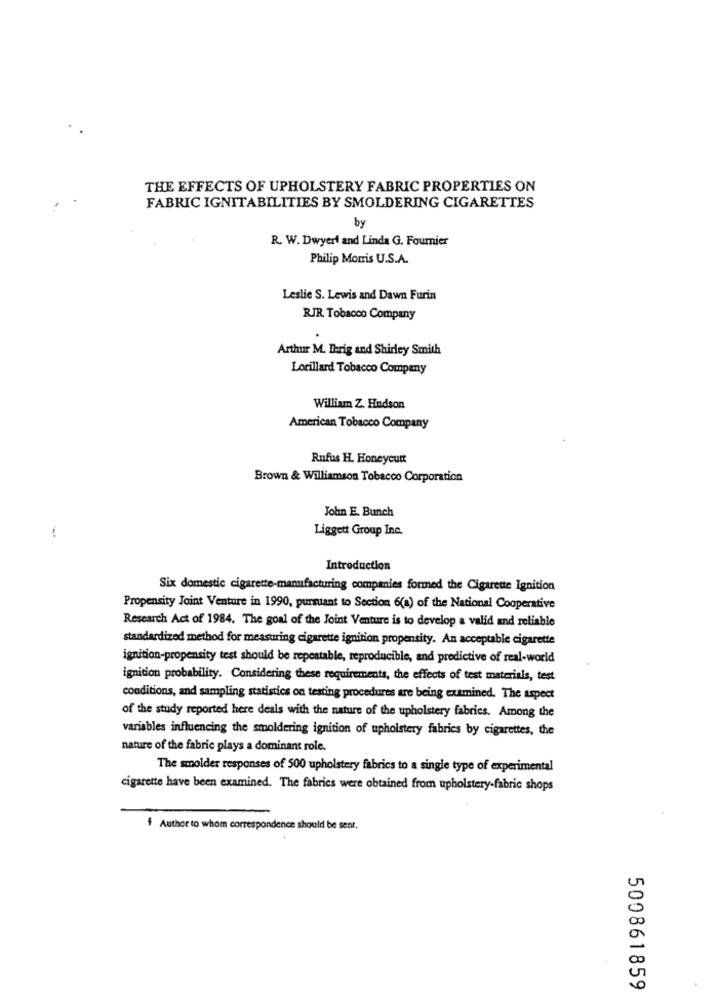
THE EFFECTS OF UPHOLSTERY FABRIC PROPERTIES ON
FABRIC IGNITABILITIES BY SMOLDERING CIGARETTES
by
R. W. Dwyert and Linda G. Fournier
Philip Morris U.S.A.
Leslie S. Lewis and Dawn Furin
RJR Tobacco Company
Arthur M. Dirig and Shirley Smith
Lorillard Tobacco Company
William Z. Hudson
American Tobacco Company
Rufus H. Honeycutt
Brown & Williamson Tobacco Corporation
John E. Bunch
Liggett Group Inc.
!
Introduction
Six domestic cigarette-manufacturing companies formed the Cigarette Ignition
Propensity Joint Venture in 1990, pursuant to Section 6(a) of the National Cooperative
Research Act of 1984. The goal of the Joint Venture is to develop a valid and reliable
standardized method for measuring cigarette ignition propensity. An acceptable cigarette
ignition-propensity test should be repeatable, reproducible, and predictive of real-world
ignition probability. Considering these requirements, the effects of test materials, test
conditions, and sampling statistics on testing procedures are being examined. The aspect
of the study reported here deals with the nature of the upholstery fabrics. Among the
variables influencing the smoldering ignition of upholstery fabrics by cigarettes, the
nature of the fabric plays a dominant role.
The smolder responses of 500 upholstery fabrics to a single type of experimental
cigarette have been examined. The fabrics were obtained from upholstery-fabric shops
f Author to whom correspondence should be sent.
500861859